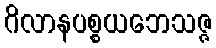
ဂိလာနပစ္စယဘေသဇ္ဇ